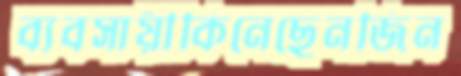
ব্যবসায়ীকিনেছেনজিন